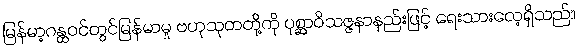
မြန်မာ့ဂန္ထဝင်တွင်မြန်မာမှု ဗဟုသုတတို့ကို ပုစ္ဆာဝိသဇ္ဇနာနည်းဖြင့် ရေးသားလေ့ရှိသည်။